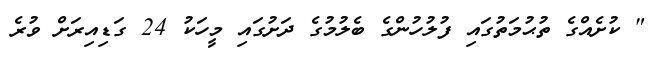
" ކުށެއްގެ ތުޙުމަތުގައި ފުލުހުންގެ ބެލުމުގެ ދަށުގައި މީހަކު 24 ގަޑިއިރަށް ވުރެ